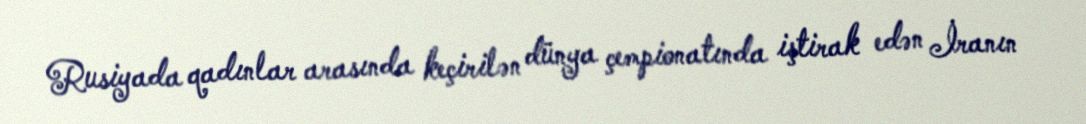
Rusiyada qadınlar arasında keçirilən dünya çempionatında iştirak edən İranın